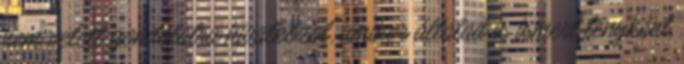
nem vetett gondolatra hivatkozol, amikor általad is ismert tényként